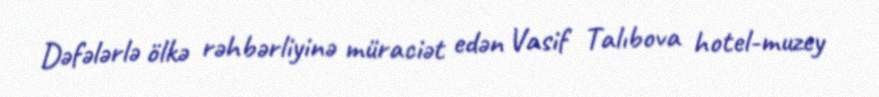
Dəfələrlə ölkə rəhbərliyinə müraciət edən Vasif Talıbova hotel-muzey